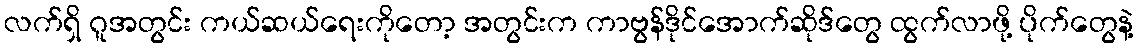
လက်ရှိ ဂူအတွင်း ကယ်ဆယ်ရေးကိုတော့ အတွင်းက ကာဗွန်ဒိုင်အောက်ဆိုဒ်တွေ ထွက်လာဖို့ ပိုက်တွေနဲ့